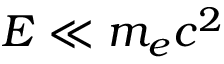
E \ll m _ { e } c ^ { 2 }